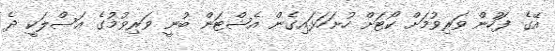
އޭގެ ފަހުން ވަރިވުމަށް ކޯޓަށް ހުށަހަޅައިގެން އެޝްޓަން ބުނީ ވަރިވުމުގެ އަސްލަކީ ދެ